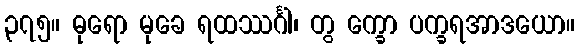
၃၇၅။ ဓုရော မုခေ ရထဿင်္ဂါ၊ တွ က္ခော ပက္ခရအာဒယော။